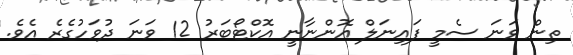
ތިން ވަނަ ސެމީ ފައިނަލް އޮންނާނީ އޮކްޓޯބަރު 12 ވަނަ ދުވަހުގެރެ އެވެ.